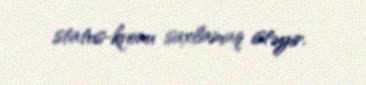
status-kvonu saxlamaq istəyir.